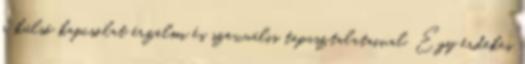
a külső kapcsolat érzelmi és szexuális tapasztalataival. Egy érdekes